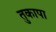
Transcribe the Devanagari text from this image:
तुकापा